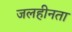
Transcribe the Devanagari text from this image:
जलहीनता